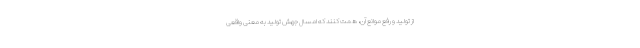
از تولید و رفع موانع آن، همت کنند که امسال جهش تولید به معنی واقعی